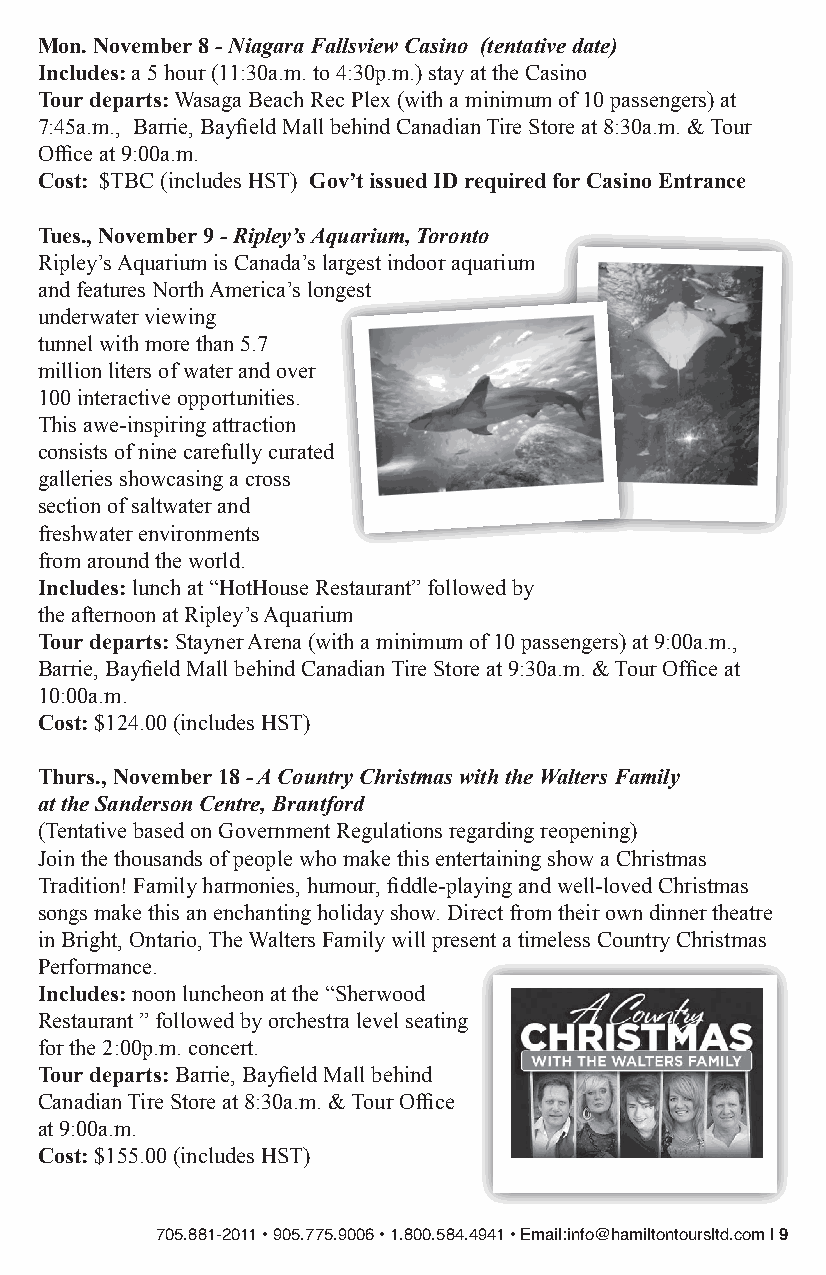
Mon. November 8 - Niagara Fallsview Casino (tentative date)
 Includes: a 5 hour (11:30a.m. to 4:30p.m.) stay at the Casino
 Tour departs: Wasaga Beach Rec Plex (with a minimum of 10 passengers) at
 7:45a.m., Barrie, Bayfield Mall behind Canadian Tire Store at 8:30a.m. & Tour
 Office at 9:00a.m.
 Cost: $TBC (includes HST) Gov’t issued ID required for Casino Entrance
 Tues., November 9 - Ripley’s Aquarium, Toronto
 Ripley’s Aquarium is Canada’s largest indoor aquarium
 and features North America’s longest
 underwater viewing
 tunnel with more than 5.7
 million liters of water and over
 100 interactive opportunities.
 This awe-inspiring attraction
 consists of nine carefully curated
 galleries showcasing a cross
 section of saltwater and
 freshwater environments
 from around the world.
 Includes: lunch at “HotHouse Restaurant” followed by
 the afternoon at Ripley’s Aquarium
 Tour departs: Stayner Arena (with a minimum of 10 passengers) at 9:00a.m.,
 Barrie, Bayfield Mall behind Canadian Tire Store at 9:30a.m. & Tour Office at
 10:00a.m.
 Cost: $124.00 (includes HST)
 Thurs., November 18 - A Country Christmas with the Walters Family
 at the Sanderson Centre, Brantford
 (Tentative based on Government Regulations regarding reopening)
 Join the thousands of people who make this entertaining show a Christmas
 Tradition! Family harmonies, humour, fiddle-playing and well-loved Christmas
 songs make this an enchanting holiday show. Direct from their own dinner theatre
 in Bright, Ontario, The Walters Family will present a timeless Country Christmas
 Performance.
 Includes: noon luncheon at the “Sherwood
 Restaurant ” followed by orchestra level seating
 for the 2:00p.m. concert.
 Tour departs: Barrie, Bayfield Mall behind
 Canadian Tire Store at 8:30a.m. & Tour Office
 at 9:00a.m.
 Cost: $155.00 (includes HST)
 705.881-2011 • 905.775.9006 • 1.800.584.4941 • Email:info@hamiltontoursltd.com | 9